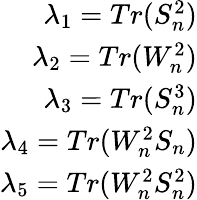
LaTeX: \begin{array}{r}{\lambda_{1}=Tr(S_{n}^{2})}\\ {\lambda_{2}=Tr(W_{n}^{2})}\\ {\lambda_{3}=Tr(S_{n}^{3})}\\ {\lambda_{4}=Tr(W_{n}^{2}S_{n})}\\ {\lambda_{5}=Tr(W_{n}^{2}S_{n}^{2})}\end{array}